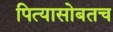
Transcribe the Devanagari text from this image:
पित्यासोबतच